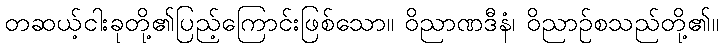
တဆယ့်ငါးခုတို့၏ပြည့်ကြောင်းဖြစ်သော။ ဝိညာဏဒီနံ၊ ဝိညာဉ်စသည်တို့၏။